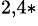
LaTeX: ^{2,4\ast}